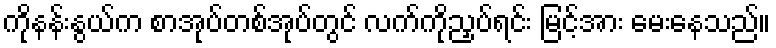
ကိုနန်းနွယ်က စာအုပ်တစ်အုပ်တွင် လက်ကိုညှပ်ရင်း မြင့်အား မေးနေသည်။